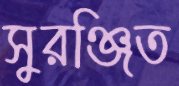
সুরঞ্জিত